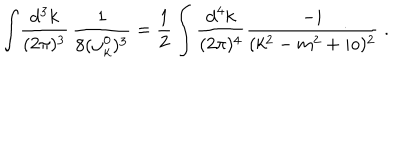
\int \! \frac { \mathrm { d ^ { 3 } } k } { ( 2 \pi ) ^ { 3 } } \, \frac { 1 } { 8 ( \omega _ { k } ^ { 0 } ) ^ { 3 } } = \frac { 1 } { 2 } \int \frac { \mathrm { d } ^ { 4 } k } { ( 2 \pi ) ^ { 4 } } \frac { - i } { ( k ^ { 2 } - m ^ { 2 } + i o ) ^ { 2 } } \; .